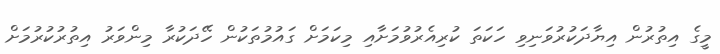
މީގެ އިތުރުން އިޔާދަކުރުވަނިވި ހަކަތަ ކުރިއެރުވުމަށާއި މިކަމަށް ގައުމުތަކުން ހޭދަކުރާ މިންވަރު އިތުރުކުރުމަށް